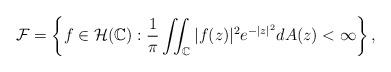
LaTeX: \begin{align*} \mathcal{F} = \left\{ f\in \mathcal{H}(\mathbb{C}):\frac{1}{\pi}\iint_{\mathbb C}|f(z)|^2e^{-|z|^2}dA(z)<\infty\right\},\end{align*}